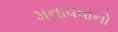
મનાવવાનો